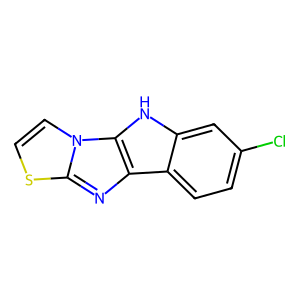
SMILES: Clc1ccc2c(c1)[nH]c1c2nc2sccn21
Inhibits HIV replication: No